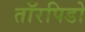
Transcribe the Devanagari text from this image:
तॉरपिडो